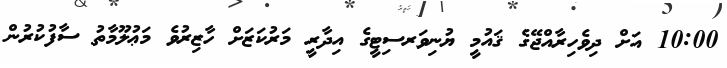
10:00 އަށް ދިވެހިރާއްޖޭގެ ޤައުމީ ޔުނިވަރސިޓީގެ އިދާރީ މަރުކަޒަށް ހާޒިރުވެ މަޢުލޫމާތު ސާފުކުރުން